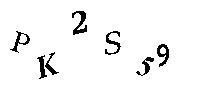
PK2S59